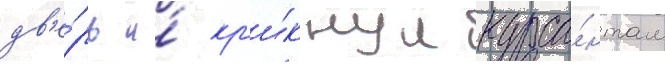
дв'е́рь и́ кр'и́кнул курса́нтам